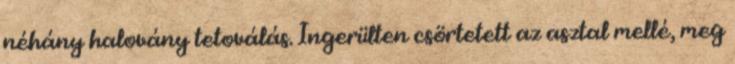
néhány halovány tetoválás. Ingerülten csörtetett az asztal mellé, meg